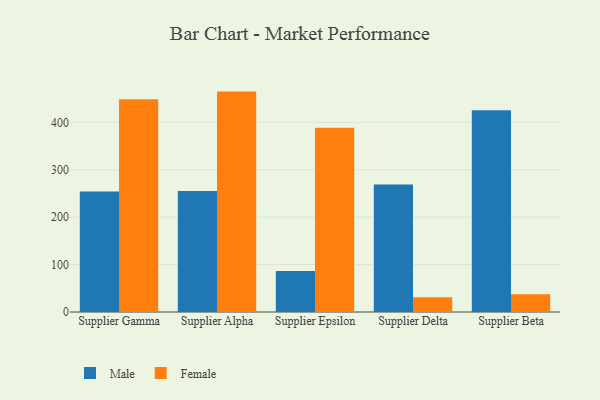
{"axis": {"x": "Supplier", "y": "Bounce Rate (%)"}, "legend": ["Female", "Male"], "data": [{"x": "Supplier Gamma", "y": 254.2, "type": "Male"}, {"x": "Supplier Gamma", "y": 448.8, "type": "Female"}, {"x": "Supplier Alpha", "y": 255.2, "type": "Male"}, {"x": "Supplier Alpha", "y": 465.0, "type": "Female"}, {"x": "Supplier Epsilon", "y": 86.6, "type": "Male"}, {"x": "Supplier Epsilon", "y": 388.8, "type": "Female"}, {"x": "Supplier Delta", "y": 269.1, "type": "Male"}, {"x": "Supplier Delta", "y": 31.1, "type": "Female"}, {"x": "Supplier Beta", "y": 425.5, "type": "Male"}, {"x": "Supplier Beta", "y": 37.2, "type": "Female"}]}